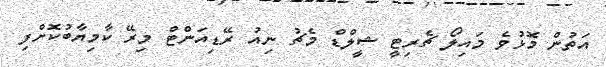
އަތުން މޮޅުވެ މައިލޯ ޗެރިޓީ ޝީލްޑް މެޗު ނިއު ރޭޑިއަންޓް މިރޭ ކާމިޔާބުކޮށްފި